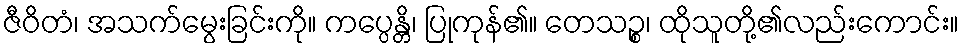
ဇီဝိတံ၊ အသက်မွေးခြင်းကို။ ကပ္ပေန္တိ၊ ပြုကုန်၏။ တေသဉ္စ၊ ထိုသူတို့၏လည်းကောင်း။